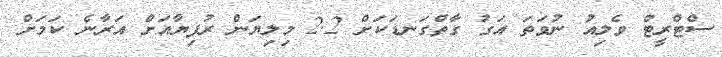
ސްޓްރީޓް ވެލިއު ނުވަތަ އަގު ގާތްގަނޑަކަށް 2.2 މިލިޔަން ރުފިޔާއަށް އަރާނެ ކަމަށް